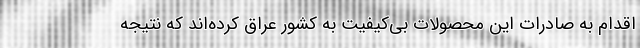
اقدام به صادرات این محصولات بی‌کیفیت به کشور عراق کرده‌اند که نتیجه